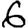
Digit: 6